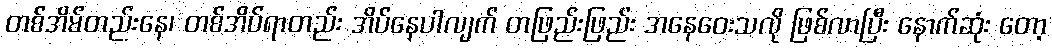
တစ်အိမ်တည်းနေ၊ တစ်အိပ်ရာတည်း အိပ်နေပါလျက် တဖြည်းဖြည်း အနေဝေးသလို ဖြစ်လာပြီး နောက်ဆုံး တော့